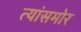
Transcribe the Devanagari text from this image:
त्यांसमोर